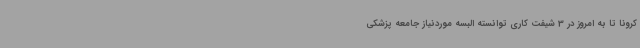
کرونا تا به امروز در 3 شیفت کاری توانسته البسه موردنیاز جامعه پزشکی